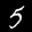
Label: 5